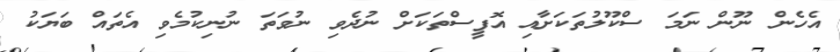
އެހެން ނޫން ނަމަ ސްކޫލުތަކަށާއި އޮފީސްތަކަށް ނުދެވި ނުވަތަ ނުނިކުމެވި އެތައް ބަޔަކު